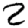
Digit: 2